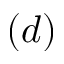
( d )